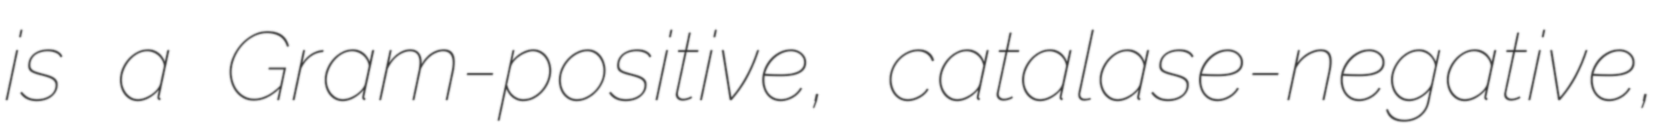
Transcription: is a Gram-positive, catalase-negative,